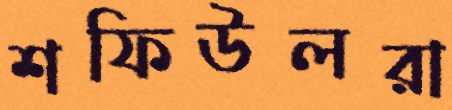
শফিউলরা